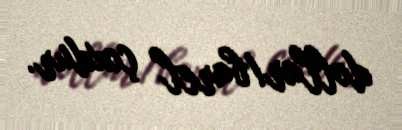
dollar/barel çoxdur.